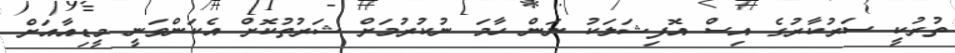
ތުރުކީ ސަރުކާރުގެ އިސް އޮފިޝަލަކު ނަން ހާމަ ނުކުރުމަށް ޝަރުތުކޮށް އެކަންވަނީ މީޑިއާއަށް